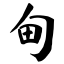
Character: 甸